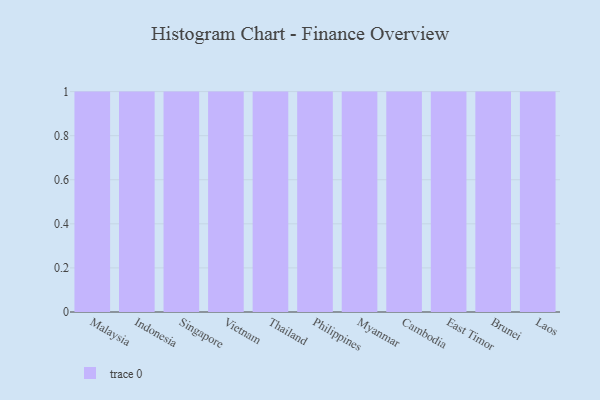
{"axis": {"x": "Country", "y": "Demand Index"}, "legend": [""], "data": [{"x": "Malaysia", "y": 33, "type": ""}, {"x": "Indonesia", "y": 67, "type": ""}, {"x": "Singapore", "y": 15, "type": ""}, {"x": "Vietnam", "y": 61, "type": ""}, {"x": "Thailand", "y": 46, "type": ""}, {"x": "Philippines", "y": 22, "type": ""}, {"x": "Myanmar", "y": 98, "type": ""}, {"x": "Cambodia", "y": 49, "type": ""}, {"x": "East Timor", "y": 17, "type": ""}, {"x": "Brunei", "y": 72, "type": ""}, {"x": "Laos", "y": 91, "type": ""}]}